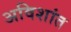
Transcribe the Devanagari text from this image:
अविशांत